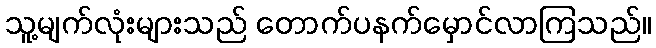
သူ့မျက်လုံးများသည် တောက်ပနက်မှောင်လာကြသည်။